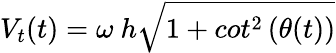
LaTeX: V_{t}(t)=\omega\ h\sqrt{1+cot^{2}\left(\theta(t)\right)}